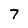
Character: 7